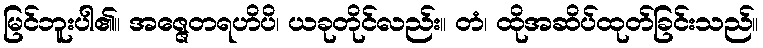
မြင်ဘူးပါ၏။ အဇ္ဇေတရဟိပိ၊ ယခုတိုင်လည်း။ တံ၊ ထိုအဆိပ်ထုတ်ခြင်းသည်။